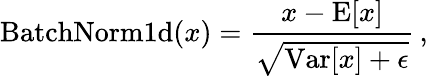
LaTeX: \mathrm{BatchNorm1d}(x)=\frac{x-\mathrm{E}[x]}{\sqrt{\mathrm{Var}[x]+\epsilon}}\, ,